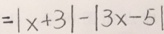
= \vert x + 3 \vert - \vert 3 x - 5 \vert